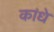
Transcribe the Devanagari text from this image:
कांधे